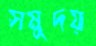
সমুদয়